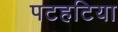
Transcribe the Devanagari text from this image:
पटहटिया